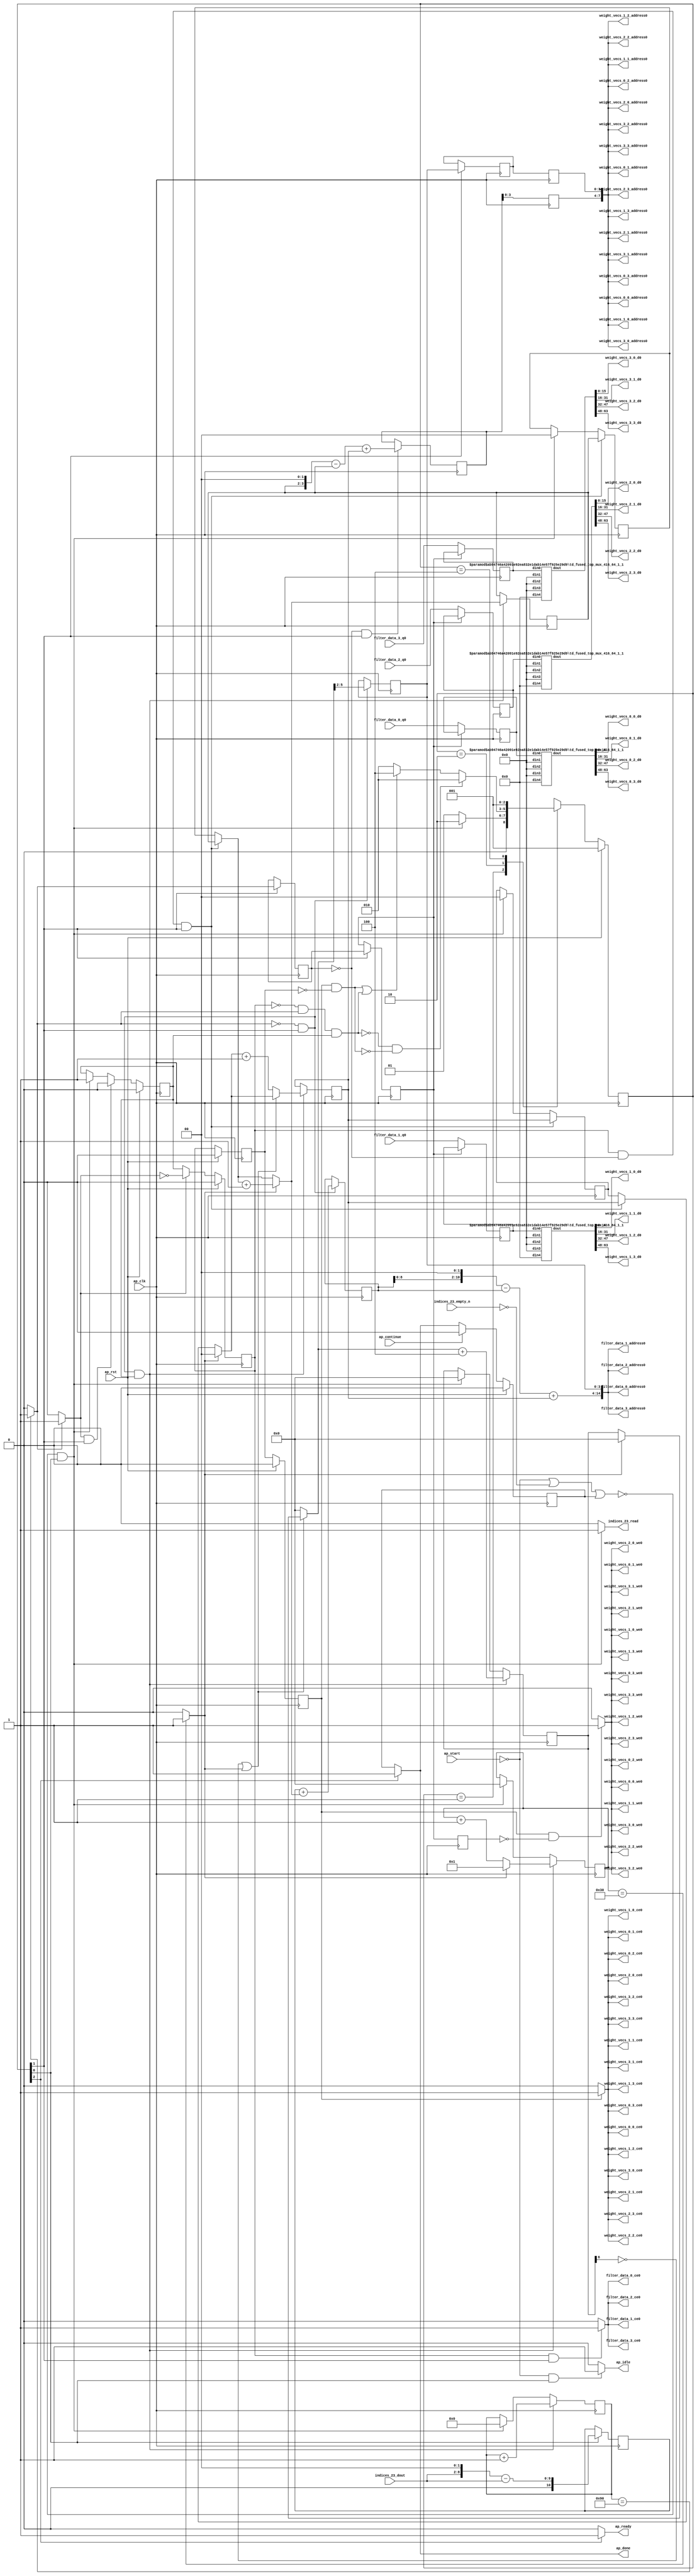
`define EXPONENT 5
`define MANTISSA 10
`define ACTUAL_MANTISSA 11
`define EXPONENT_LSB 10
`define EXPONENT_MSB 14
`define MANTISSA_LSB 0
`define MANTISSA_MSB 9
`define MANTISSA_MUL_SPLIT_LSB 3
`define MANTISSA_MUL_SPLIT_MSB 9
`define SIGN 1
`define SIGN_LOC 15
`define DWIDTH (`SIGN+`EXPONENT+`MANTISSA)
`define IEEE_COMPLIANCE 1

module td_fused_top_tdf11_readFilters77 (
        ap_clk,
        ap_rst,
        ap_start,
        ap_done,
        ap_continue,
        ap_idle,
        ap_ready,
        filter_data_0_address0,
        filter_data_0_ce0,
        filter_data_0_q0,
        filter_data_1_address0,
        filter_data_1_ce0,
        filter_data_1_q0,
        filter_data_2_address0,
        filter_data_2_ce0,
        filter_data_2_q0,
        filter_data_3_address0,
        filter_data_3_ce0,
        filter_data_3_q0,
        indices_23_dout,
        indices_23_empty_n,
        indices_23_read,
        weight_vecs_0_0_address0,
        weight_vecs_0_0_ce0,
        weight_vecs_0_0_we0,
        weight_vecs_0_0_d0,
        weight_vecs_0_1_address0,
        weight_vecs_0_1_ce0,
        weight_vecs_0_1_we0,
        weight_vecs_0_1_d0,
        weight_vecs_0_2_address0,
        weight_vecs_0_2_ce0,
        weight_vecs_0_2_we0,
        weight_vecs_0_2_d0,
        weight_vecs_0_3_address0,
        weight_vecs_0_3_ce0,
        weight_vecs_0_3_we0,
        weight_vecs_0_3_d0,
        weight_vecs_1_0_address0,
        weight_vecs_1_0_ce0,
        weight_vecs_1_0_we0,
        weight_vecs_1_0_d0,
        weight_vecs_1_1_address0,
        weight_vecs_1_1_ce0,
        weight_vecs_1_1_we0,
        weight_vecs_1_1_d0,
        weight_vecs_1_2_address0,
        weight_vecs_1_2_ce0,
        weight_vecs_1_2_we0,
        weight_vecs_1_2_d0,
        weight_vecs_1_3_address0,
        weight_vecs_1_3_ce0,
        weight_vecs_1_3_we0,
        weight_vecs_1_3_d0,
        weight_vecs_2_0_address0,
        weight_vecs_2_0_ce0,
        weight_vecs_2_0_we0,
        weight_vecs_2_0_d0,
        weight_vecs_2_1_address0,
        weight_vecs_2_1_ce0,
        weight_vecs_2_1_we0,
        weight_vecs_2_1_d0,
        weight_vecs_2_2_address0,
        weight_vecs_2_2_ce0,
        weight_vecs_2_2_we0,
        weight_vecs_2_2_d0,
        weight_vecs_2_3_address0,
        weight_vecs_2_3_ce0,
        weight_vecs_2_3_we0,
        weight_vecs_2_3_d0,
        weight_vecs_3_0_address0,
        weight_vecs_3_0_ce0,
        weight_vecs_3_0_we0,
        weight_vecs_3_0_d0,
        weight_vecs_3_1_address0,
        weight_vecs_3_1_ce0,
        weight_vecs_3_1_we0,
        weight_vecs_3_1_d0,
        weight_vecs_3_2_address0,
        weight_vecs_3_2_ce0,
        weight_vecs_3_2_we0,
        weight_vecs_3_2_d0,
        weight_vecs_3_3_address0,
        weight_vecs_3_3_ce0,
        weight_vecs_3_3_we0,
        weight_vecs_3_3_d0
);

parameter    ap_ST_fsm_state1 = 3'd1;
parameter    ap_ST_fsm_pp0_stage0 = 3'd2;
parameter    ap_ST_fsm_state6 = 3'd4;

input   ap_clk;
input   ap_rst;
input   ap_start;
output   ap_done;
input   ap_continue;
output   ap_idle;
output   ap_ready;
output  [14:0] filter_data_0_address0;
output   filter_data_0_ce0;
input  [63:0] filter_data_0_q0;
output  [14:0] filter_data_1_address0;
output   filter_data_1_ce0;
input  [63:0] filter_data_1_q0;
output  [14:0] filter_data_2_address0;
output   filter_data_2_ce0;
input  [63:0] filter_data_2_q0;
output  [14:0] filter_data_3_address0;
output   filter_data_3_ce0;
input  [63:0] filter_data_3_q0;
input  [6:0] indices_23_dout;
input   indices_23_empty_n;
output   indices_23_read;
output  [7:0] weight_vecs_0_0_address0;
output   weight_vecs_0_0_ce0;
output   weight_vecs_0_0_we0;
output  [15:0] weight_vecs_0_0_d0;
output  [7:0] weight_vecs_0_1_address0;
output   weight_vecs_0_1_ce0;
output   weight_vecs_0_1_we0;
output  [15:0] weight_vecs_0_1_d0;
output  [7:0] weight_vecs_0_2_address0;
output   weight_vecs_0_2_ce0;
output   weight_vecs_0_2_we0;
output  [15:0] weight_vecs_0_2_d0;
output  [7:0] weight_vecs_0_3_address0;
output   weight_vecs_0_3_ce0;
output   weight_vecs_0_3_we0;
output  [15:0] weight_vecs_0_3_d0;
output  [7:0] weight_vecs_1_0_address0;
output   weight_vecs_1_0_ce0;
output   weight_vecs_1_0_we0;
output  [15:0] weight_vecs_1_0_d0;
output  [7:0] weight_vecs_1_1_address0;
output   weight_vecs_1_1_ce0;
output   weight_vecs_1_1_we0;
output  [15:0] weight_vecs_1_1_d0;
output  [7:0] weight_vecs_1_2_address0;
output   weight_vecs_1_2_ce0;
output   weight_vecs_1_2_we0;
output  [15:0] weight_vecs_1_2_d0;
output  [7:0] weight_vecs_1_3_address0;
output   weight_vecs_1_3_ce0;
output   weight_vecs_1_3_we0;
output  [15:0] weight_vecs_1_3_d0;
output  [7:0] weight_vecs_2_0_address0;
output   weight_vecs_2_0_ce0;
output   weight_vecs_2_0_we0;
output  [15:0] weight_vecs_2_0_d0;
output  [7:0] weight_vecs_2_1_address0;
output   weight_vecs_2_1_ce0;
output   weight_vecs_2_1_we0;
output  [15:0] weight_vecs_2_1_d0;
output  [7:0] weight_vecs_2_2_address0;
output   weight_vecs_2_2_ce0;
output   weight_vecs_2_2_we0;
output  [15:0] weight_vecs_2_2_d0;
output  [7:0] weight_vecs_2_3_address0;
output   weight_vecs_2_3_ce0;
output   weight_vecs_2_3_we0;
output  [15:0] weight_vecs_2_3_d0;
output  [7:0] weight_vecs_3_0_address0;
output   weight_vecs_3_0_ce0;
output   weight_vecs_3_0_we0;
output  [15:0] weight_vecs_3_0_d0;
output  [7:0] weight_vecs_3_1_address0;
output   weight_vecs_3_1_ce0;
output   weight_vecs_3_1_we0;
output  [15:0] weight_vecs_3_1_d0;
output  [7:0] weight_vecs_3_2_address0;
output   weight_vecs_3_2_ce0;
output   weight_vecs_3_2_we0;
output  [15:0] weight_vecs_3_2_d0;
output  [7:0] weight_vecs_3_3_address0;
output   weight_vecs_3_3_ce0;
output   weight_vecs_3_3_we0;
output  [15:0] weight_vecs_3_3_d0;

reg ap_done;
reg ap_idle;
reg ap_ready;
reg filter_data_0_ce0;
reg filter_data_1_ce0;
reg filter_data_2_ce0;
reg filter_data_3_ce0;
reg indices_23_read;
reg weight_vecs_0_0_ce0;
reg weight_vecs_0_0_we0;
reg weight_vecs_0_1_ce0;
reg weight_vecs_0_1_we0;
reg weight_vecs_0_2_ce0;
reg weight_vecs_0_2_we0;
reg weight_vecs_0_3_ce0;
reg weight_vecs_0_3_we0;
reg weight_vecs_1_0_ce0;
reg weight_vecs_1_0_we0;
reg weight_vecs_1_1_ce0;
reg weight_vecs_1_1_we0;
reg weight_vecs_1_2_ce0;
reg weight_vecs_1_2_we0;
reg weight_vecs_1_3_ce0;
reg weight_vecs_1_3_we0;
reg weight_vecs_2_0_ce0;
reg weight_vecs_2_0_we0;
reg weight_vecs_2_1_ce0;
reg weight_vecs_2_1_we0;
reg weight_vecs_2_2_ce0;
reg weight_vecs_2_2_we0;
reg weight_vecs_2_3_ce0;
reg weight_vecs_2_3_we0;
reg weight_vecs_3_0_ce0;
reg weight_vecs_3_0_we0;
reg weight_vecs_3_1_ce0;
reg weight_vecs_3_1_we0;
reg weight_vecs_3_2_ce0;
reg weight_vecs_3_2_we0;
reg weight_vecs_3_3_ce0;
reg weight_vecs_3_3_we0;

reg    ap_done_reg;
  reg   [2:0] ap_CS_fsm;
wire    ap_CS_fsm_state1;
reg    indices_23_blk_n;
reg   [7:0] indvar_flatten13_reg_412;
reg   [1:0] ii_reg_423;
reg   [6:0] indvar_flatten_reg_434;
reg   [1:0] jj_reg_445;
reg   [6:0] kk_reg_456;
wire   [10:0] sext_ln47_fu_489_p1;
reg   [10:0] sext_ln47_reg_989;
wire   [7:0] add_ln47_7_fu_493_p2;
wire    ap_CS_fsm_pp0_stage0;
reg    ap_enable_reg_pp0_iter0;
wire    ap_block_state2_pp0_stage0_iter0;
wire    ap_block_state3_pp0_stage0_iter1;
wire    ap_block_state4_pp0_stage0_iter2;
wire    ap_block_state5_pp0_stage0_iter3;
wire    ap_block_pp0_stage0_11001;
wire   [0:0] icmp_ln47_fu_499_p2;
reg   [0:0] icmp_ln47_reg_999;
reg   [0:0] icmp_ln47_reg_999_pp0_iter1_reg;
reg   [0:0] icmp_ln47_reg_999_pp0_iter2_reg;
wire   [1:0] select_ln47_13_fu_533_p3;
reg   [1:0] select_ln47_13_reg_1003;
wire   [10:0] add_ln55_fu_545_p2;
reg   [10:0] add_ln55_reg_1010;
wire   [1:0] select_ln48_13_fu_584_p3;
reg   [1:0] select_ln48_13_reg_1016;
reg   [3:0] lshr_ln_reg_1023;
reg   [3:0] lshr_ln_reg_1023_pp0_iter1_reg;
reg   [3:0] lshr_ln_reg_1023_pp0_iter2_reg;
wire   [6:0] add_ln49_fu_602_p2;
wire   [6:0] select_ln48_14_fu_614_p3;
wire   [5:0] add_ln55_16_fu_678_p2;
reg   [5:0] add_ln55_16_reg_1039;
reg   [5:0] add_ln55_16_reg_1039_pp0_iter2_reg;
reg   [63:0] filter_data_0_load_reg_1064;
reg   [63:0] filter_data_1_load_reg_1069;
reg   [63:0] filter_data_2_load_reg_1074;
reg   [63:0] filter_data_3_load_reg_1079;
reg    ap_block_state1;
wire    ap_block_pp0_stage0_subdone;
reg    ap_condition_pp0_exit_iter0_state2;
reg    ap_enable_reg_pp0_iter1;
reg    ap_enable_reg_pp0_iter2;
reg    ap_enable_reg_pp0_iter3;
reg   [1:0] ap_phi_mux_ii_phi_fu_427_p4;
wire    ap_block_pp0_stage0;
reg   [1:0] ap_phi_mux_jj_phi_fu_449_p4;
wire   [63:0] tmp_58_fu_684_p3;
wire   [63:0] sext_ln55_13_fu_701_p1;
wire   [8:0] tmp_56_fu_471_p3;
wire   [9:0] zext_ln55_44_fu_479_p1;
wire   [9:0] zext_ln55_fu_467_p1;
wire   [9:0] sub_ln55_fu_483_p2;
wire   [0:0] icmp_ln48_fu_511_p2;
wire   [1:0] add_ln47_fu_505_p2;
wire   [10:0] zext_ln55_46_fu_541_p1;
wire   [0:0] tmp_89_fu_550_p3;
wire   [0:0] xor_ln49_fu_558_p2;
wire   [1:0] select_ln47_fu_517_p3;
wire   [0:0] or_ln47_fu_564_p2;
wire   [6:0] select_ln47_12_fu_525_p3;
wire   [1:0] add_ln48_fu_570_p2;
wire   [6:0] select_ln48_fu_576_p3;
wire   [6:0] add_ln48_7_fu_608_p2;
wire   [12:0] tmp_88_fu_628_p3;
wire   [59:0] sext_ln55_12_fu_635_p1;
wire   [59:0] sext_ln55_fu_625_p1;
wire   [3:0] tmp_57_fu_645_p3;
wire   [4:0] zext_ln55_47_fu_652_p1;
wire   [4:0] zext_ln55_45_fu_622_p1;
wire   [4:0] sub_ln55_16_fu_656_p2;
wire   [59:0] sub_ln55_15_fu_639_p2;
wire   [59:0] zext_ln55_49_fu_669_p1;
wire   [5:0] sext_ln48_fu_662_p1;
wire   [5:0] zext_ln55_48_fu_666_p1;
wire   [59:0] add_ln55_15_fu_672_p2;
wire   [9:0] tmp_90_fu_695_p3;
wire   [63:0] tmp_fu_721_p6;
wire   [15:0] trunc_ln55_fu_734_p1;
wire   [63:0] tmp_s_fu_743_p6;
wire   [15:0] trunc_ln55_20_fu_756_p1;
wire   [63:0] tmp_7_fu_765_p6;
wire   [15:0] trunc_ln55_21_fu_778_p1;
wire   [63:0] tmp_8_fu_787_p6;
wire   [15:0] trunc_ln55_22_fu_800_p1;
wire   [15:0] tmp_284_i_i_fu_809_p4;
wire   [15:0] tmp_286_i_i_fu_824_p4;
wire   [15:0] tmp_288_i_i_fu_839_p4;
wire   [15:0] tmp_290_i_i_fu_854_p4;
wire   [15:0] tmp_292_i_i_fu_869_p4;
wire   [15:0] tmp_294_i_i_fu_884_p4;
wire   [15:0] tmp_296_i_i_fu_899_p4;
wire   [15:0] tmp_298_i_i_fu_914_p4;
wire   [15:0] tmp_300_i_i_fu_929_p4;
wire   [15:0] tmp_302_i_i_fu_944_p4;
wire   [15:0] tmp_304_i_i_fu_959_p4;
wire   [15:0] tmp_306_i_i_fu_974_p4;
wire    ap_CS_fsm_state6;
reg   [2:0] ap_NS_fsm;
reg    ap_idle_pp0;
wire    ap_enable_pp0;
wire    ap_ce_reg;

// power-on initialization
initial begin
#0 ap_done_reg = 1'b0;
#0 ap_CS_fsm = 3'd1;
#0 ap_enable_reg_pp0_iter0 = 1'b0;
#0 ap_enable_reg_pp0_iter1 = 1'b0;
#0 ap_enable_reg_pp0_iter2 = 1'b0;
#0 ap_enable_reg_pp0_iter3 = 1'b0;
end

td_fused_top_mux_416_64_1_1 #(
    .ID( 1 ),
    .NUM_STAGE( 1 ),
    .din0_WIDTH( 64 ),
    .din1_WIDTH( 64 ),
    .din2_WIDTH( 64 ),
    .din3_WIDTH( 64 ),
    .din4_WIDTH( 16 ),
    .dout_WIDTH( 64 ))
mux_416_64_1_1_U1620(
    .din0(filter_data_0_load_reg_1064),
    .din1(64'd0),
    .din2(64'd0),
    .din3(64'd0),
    .din4(16'd0),
    .dout(tmp_fu_721_p6)
);

td_fused_top_mux_416_64_1_1 #(
    .ID( 1 ),
    .NUM_STAGE( 1 ),
    .din0_WIDTH( 64 ),
    .din1_WIDTH( 64 ),
    .din2_WIDTH( 64 ),
    .din3_WIDTH( 64 ),
    .din4_WIDTH( 16 ),
    .dout_WIDTH( 64 ))
mux_416_64_1_1_U1621(
    .din0(filter_data_1_load_reg_1069),
    .din1(64'd0),
    .din2(64'd0),
    .din3(64'd0),
    .din4(16'd0),
    .dout(tmp_s_fu_743_p6)
);

td_fused_top_mux_416_64_1_1 #(
    .ID( 1 ),
    .NUM_STAGE( 1 ),
    .din0_WIDTH( 64 ),
    .din1_WIDTH( 64 ),
    .din2_WIDTH( 64 ),
    .din3_WIDTH( 64 ),
    .din4_WIDTH( 16 ),
    .dout_WIDTH( 64 ))
mux_416_64_1_1_U1622(
    .din0(filter_data_2_load_reg_1074),
    .din1(64'd0),
    .din2(64'd0),
    .din3(64'd0),
    .din4(16'd0),
    .dout(tmp_7_fu_765_p6)
);

td_fused_top_mux_416_64_1_1 #(
    .ID( 1 ),
    .NUM_STAGE( 1 ),
    .din0_WIDTH( 64 ),
    .din1_WIDTH( 64 ),
    .din2_WIDTH( 64 ),
    .din3_WIDTH( 64 ),
    .din4_WIDTH( 16 ),
    .dout_WIDTH( 64 ))
mux_416_64_1_1_U1623(
    .din0(filter_data_3_load_reg_1079),
    .din1(64'd0),
    .din2(64'd0),
    .din3(64'd0),
    .din4(16'd0),
    .dout(tmp_8_fu_787_p6)
);

always @ (posedge ap_clk) begin
    if (ap_rst == 1'b1) begin
        ap_CS_fsm <= ap_ST_fsm_state1;
    end else begin
        ap_CS_fsm <= ap_NS_fsm;
    end
end

always @ (posedge ap_clk) begin
    if (ap_rst == 1'b1) begin
        ap_done_reg <= 1'b0;
    end else begin
        if ((ap_continue == 1'b1)) begin
            ap_done_reg <= 1'b0;
        end else if ((1'b1 == ap_CS_fsm_state6)) begin
            ap_done_reg <= 1'b1;
        end
    end
end

always @ (posedge ap_clk) begin
    if (ap_rst == 1'b1) begin
        ap_enable_reg_pp0_iter0 <= 1'b0;
    end else begin
        if (((1'b1 == ap_condition_pp0_exit_iter0_state2) & (1'b1 == ap_CS_fsm_pp0_stage0) & (1'b0 == ap_block_pp0_stage0_subdone))) begin
            ap_enable_reg_pp0_iter0 <= 1'b0;
        end else if ((~((ap_start == 1'b0) | (indices_23_empty_n == 1'b0) | (ap_done_reg == 1'b1)) & (1'b1 == ap_CS_fsm_state1))) begin
            ap_enable_reg_pp0_iter0 <= 1'b1;
        end
    end
end

always @ (posedge ap_clk) begin
    if (ap_rst == 1'b1) begin
        ap_enable_reg_pp0_iter1 <= 1'b0;
    end else begin
        if ((1'b0 == ap_block_pp0_stage0_subdone)) begin
            if ((1'b1 == ap_condition_pp0_exit_iter0_state2)) begin
                ap_enable_reg_pp0_iter1 <= (1'b1 ^ ap_condition_pp0_exit_iter0_state2);
            end else if ((1'b1 == 1'b1)) begin
                ap_enable_reg_pp0_iter1 <= ap_enable_reg_pp0_iter0;
            end
        end
    end
end

always @ (posedge ap_clk) begin
    if (ap_rst == 1'b1) begin
        ap_enable_reg_pp0_iter2 <= 1'b0;
    end else begin
        if ((1'b0 == ap_block_pp0_stage0_subdone)) begin
            ap_enable_reg_pp0_iter2 <= ap_enable_reg_pp0_iter1;
        end
    end
end

always @ (posedge ap_clk) begin
    if (ap_rst == 1'b1) begin
        ap_enable_reg_pp0_iter3 <= 1'b0;
    end else begin
        if ((1'b0 == ap_block_pp0_stage0_subdone)) begin
            ap_enable_reg_pp0_iter3 <= ap_enable_reg_pp0_iter2;
        end else if ((~((ap_start == 1'b0) | (indices_23_empty_n == 1'b0) | (ap_done_reg == 1'b1)) & (1'b1 == ap_CS_fsm_state1))) begin
            ap_enable_reg_pp0_iter3 <= 1'b0;
        end
    end
end

always @ (posedge ap_clk) begin
    if (((ap_enable_reg_pp0_iter1 == 1'b1) & (icmp_ln47_reg_999 == 1'd0) & (1'b1 == ap_CS_fsm_pp0_stage0) & (1'b0 == ap_block_pp0_stage0_11001))) begin
        ii_reg_423 <= select_ln47_13_reg_1003;
    end else if ((~((ap_start == 1'b0) | (indices_23_empty_n == 1'b0) | (ap_done_reg == 1'b1)) & (1'b1 == ap_CS_fsm_state1))) begin
        ii_reg_423 <= 2'd0;
    end
end

always @ (posedge ap_clk) begin
    if (((icmp_ln47_fu_499_p2 == 1'd0) & (1'b1 == ap_CS_fsm_pp0_stage0) & (1'b0 == ap_block_pp0_stage0_11001) & (ap_enable_reg_pp0_iter0 == 1'b1))) begin
        indvar_flatten13_reg_412 <= add_ln47_7_fu_493_p2;
    end else if ((~((ap_start == 1'b0) | (indices_23_empty_n == 1'b0) | (ap_done_reg == 1'b1)) & (1'b1 == ap_CS_fsm_state1))) begin
        indvar_flatten13_reg_412 <= 8'd0;
    end
end

always @ (posedge ap_clk) begin
    if (((icmp_ln47_fu_499_p2 == 1'd0) & (1'b1 == ap_CS_fsm_pp0_stage0) & (1'b0 == ap_block_pp0_stage0_11001) & (ap_enable_reg_pp0_iter0 == 1'b1))) begin
        indvar_flatten_reg_434 <= select_ln48_14_fu_614_p3;
    end else if ((~((ap_start == 1'b0) | (indices_23_empty_n == 1'b0) | (ap_done_reg == 1'b1)) & (1'b1 == ap_CS_fsm_state1))) begin
        indvar_flatten_reg_434 <= 7'd0;
    end
end

always @ (posedge ap_clk) begin
    if (((ap_enable_reg_pp0_iter1 == 1'b1) & (icmp_ln47_reg_999 == 1'd0) & (1'b1 == ap_CS_fsm_pp0_stage0) & (1'b0 == ap_block_pp0_stage0_11001))) begin
        jj_reg_445 <= select_ln48_13_reg_1016;
    end else if ((~((ap_start == 1'b0) | (indices_23_empty_n == 1'b0) | (ap_done_reg == 1'b1)) & (1'b1 == ap_CS_fsm_state1))) begin
        jj_reg_445 <= 2'd0;
    end
end

always @ (posedge ap_clk) begin
    if (((icmp_ln47_fu_499_p2 == 1'd0) & (1'b1 == ap_CS_fsm_pp0_stage0) & (1'b0 == ap_block_pp0_stage0_11001) & (ap_enable_reg_pp0_iter0 == 1'b1))) begin
        kk_reg_456 <= add_ln49_fu_602_p2;
    end else if ((~((ap_start == 1'b0) | (indices_23_empty_n == 1'b0) | (ap_done_reg == 1'b1)) & (1'b1 == ap_CS_fsm_state1))) begin
        kk_reg_456 <= 7'd0;
    end
end

always @ (posedge ap_clk) begin
    if (((icmp_ln47_reg_999 == 1'd0) & (1'b1 == ap_CS_fsm_pp0_stage0) & (1'b0 == ap_block_pp0_stage0_11001))) begin
        add_ln55_16_reg_1039 <= add_ln55_16_fu_678_p2;
    end
end

always @ (posedge ap_clk) begin
    if ((1'b0 == ap_block_pp0_stage0_11001)) begin
        add_ln55_16_reg_1039_pp0_iter2_reg <= add_ln55_16_reg_1039;
        icmp_ln47_reg_999_pp0_iter2_reg <= icmp_ln47_reg_999_pp0_iter1_reg;
        lshr_ln_reg_1023_pp0_iter2_reg <= lshr_ln_reg_1023_pp0_iter1_reg;
    end
end

always @ (posedge ap_clk) begin
    if (((icmp_ln47_fu_499_p2 == 1'd0) & (1'b1 == ap_CS_fsm_pp0_stage0) & (1'b0 == ap_block_pp0_stage0_11001))) begin
        add_ln55_reg_1010 <= add_ln55_fu_545_p2;
        lshr_ln_reg_1023 <= {{select_ln48_fu_576_p3[5:2]}};
    end
end

always @ (posedge ap_clk) begin
    if (((icmp_ln47_reg_999_pp0_iter1_reg == 1'd0) & (1'b0 == ap_block_pp0_stage0_11001))) begin
        filter_data_0_load_reg_1064 <= filter_data_0_q0;
        filter_data_1_load_reg_1069 <= filter_data_1_q0;
        filter_data_2_load_reg_1074 <= filter_data_2_q0;
        filter_data_3_load_reg_1079 <= filter_data_3_q0;
    end
end

always @ (posedge ap_clk) begin
    if (((1'b1 == ap_CS_fsm_pp0_stage0) & (1'b0 == ap_block_pp0_stage0_11001))) begin
        icmp_ln47_reg_999 <= icmp_ln47_fu_499_p2;
        icmp_ln47_reg_999_pp0_iter1_reg <= icmp_ln47_reg_999;
        lshr_ln_reg_1023_pp0_iter1_reg <= lshr_ln_reg_1023;
    end
end

always @ (posedge ap_clk) begin
    if (((icmp_ln47_fu_499_p2 == 1'd0) & (1'b1 == ap_CS_fsm_pp0_stage0) & (1'b0 == ap_block_pp0_stage0_11001) & (ap_enable_reg_pp0_iter0 == 1'b1))) begin
        select_ln47_13_reg_1003 <= select_ln47_13_fu_533_p3;
        select_ln48_13_reg_1016 <= select_ln48_13_fu_584_p3;
    end
end

always @ (posedge ap_clk) begin
    if ((1'b1 == ap_CS_fsm_state1)) begin
        sext_ln47_reg_989 <= sext_ln47_fu_489_p1;
    end
end

always @ (*) begin
    if ((icmp_ln47_fu_499_p2 == 1'd1)) begin
        ap_condition_pp0_exit_iter0_state2 = 1'b1;
    end else begin
        ap_condition_pp0_exit_iter0_state2 = 1'b0;
    end
end

always @ (*) begin
    if ((1'b1 == ap_CS_fsm_state6)) begin
        ap_done = 1'b1;
    end else begin
        ap_done = ap_done_reg;
    end
end

always @ (*) begin
    if (((ap_start == 1'b0) & (1'b1 == ap_CS_fsm_state1))) begin
        ap_idle = 1'b1;
    end else begin
        ap_idle = 1'b0;
    end
end

always @ (*) begin
    if (((ap_enable_reg_pp0_iter3 == 1'b0) & (ap_enable_reg_pp0_iter2 == 1'b0) & (ap_enable_reg_pp0_iter1 == 1'b0) & (ap_enable_reg_pp0_iter0 == 1'b0))) begin
        ap_idle_pp0 = 1'b1;
    end else begin
        ap_idle_pp0 = 1'b0;
    end
end

always @ (*) begin
    if (((ap_enable_reg_pp0_iter1 == 1'b1) & (icmp_ln47_reg_999 == 1'd0) & (1'b1 == ap_CS_fsm_pp0_stage0) & (1'b0 == ap_block_pp0_stage0))) begin
        ap_phi_mux_ii_phi_fu_427_p4 = select_ln47_13_reg_1003;
    end else begin
        ap_phi_mux_ii_phi_fu_427_p4 = ii_reg_423;
    end
end

always @ (*) begin
    if (((ap_enable_reg_pp0_iter1 == 1'b1) & (icmp_ln47_reg_999 == 1'd0) & (1'b1 == ap_CS_fsm_pp0_stage0) & (1'b0 == ap_block_pp0_stage0))) begin
        ap_phi_mux_jj_phi_fu_449_p4 = select_ln48_13_reg_1016;
    end else begin
        ap_phi_mux_jj_phi_fu_449_p4 = jj_reg_445;
    end
end

always @ (*) begin
    if ((1'b1 == ap_CS_fsm_state6)) begin
        ap_ready = 1'b1;
    end else begin
        ap_ready = 1'b0;
    end
end

always @ (*) begin
    if (((ap_enable_reg_pp0_iter1 == 1'b1) & (1'b1 == ap_CS_fsm_pp0_stage0) & (1'b0 == ap_block_pp0_stage0_11001))) begin
        filter_data_0_ce0 = 1'b1;
    end else begin
        filter_data_0_ce0 = 1'b0;
    end
end

always @ (*) begin
    if (((ap_enable_reg_pp0_iter1 == 1'b1) & (1'b1 == ap_CS_fsm_pp0_stage0) & (1'b0 == ap_block_pp0_stage0_11001))) begin
        filter_data_1_ce0 = 1'b1;
    end else begin
        filter_data_1_ce0 = 1'b0;
    end
end

always @ (*) begin
    if (((ap_enable_reg_pp0_iter1 == 1'b1) & (1'b1 == ap_CS_fsm_pp0_stage0) & (1'b0 == ap_block_pp0_stage0_11001))) begin
        filter_data_2_ce0 = 1'b1;
    end else begin
        filter_data_2_ce0 = 1'b0;
    end
end

always @ (*) begin
    if (((ap_enable_reg_pp0_iter1 == 1'b1) & (1'b1 == ap_CS_fsm_pp0_stage0) & (1'b0 == ap_block_pp0_stage0_11001))) begin
        filter_data_3_ce0 = 1'b1;
    end else begin
        filter_data_3_ce0 = 1'b0;
    end
end

always @ (*) begin
    if ((~((ap_start == 1'b0) | (ap_done_reg == 1'b1)) & (1'b1 == ap_CS_fsm_state1))) begin
        indices_23_blk_n = indices_23_empty_n;
    end else begin
        indices_23_blk_n = 1'b1;
    end
end

always @ (*) begin
    if ((~((ap_start == 1'b0) | (indices_23_empty_n == 1'b0) | (ap_done_reg == 1'b1)) & (1'b1 == ap_CS_fsm_state1))) begin
        indices_23_read = 1'b1;
    end else begin
        indices_23_read = 1'b0;
    end
end

always @ (*) begin
    if (((ap_enable_reg_pp0_iter3 == 1'b1) & (1'b0 == ap_block_pp0_stage0_11001))) begin
        weight_vecs_0_0_ce0 = 1'b1;
    end else begin
        weight_vecs_0_0_ce0 = 1'b0;
    end
end

always @ (*) begin
    if (((ap_enable_reg_pp0_iter3 == 1'b1) & (icmp_ln47_reg_999_pp0_iter2_reg == 1'd0) & (1'b0 == ap_block_pp0_stage0_11001))) begin
        weight_vecs_0_0_we0 = 1'b1;
    end else begin
        weight_vecs_0_0_we0 = 1'b0;
    end
end

always @ (*) begin
    if (((ap_enable_reg_pp0_iter3 == 1'b1) & (1'b0 == ap_block_pp0_stage0_11001))) begin
        weight_vecs_0_1_ce0 = 1'b1;
    end else begin
        weight_vecs_0_1_ce0 = 1'b0;
    end
end

always @ (*) begin
    if (((ap_enable_reg_pp0_iter3 == 1'b1) & (icmp_ln47_reg_999_pp0_iter2_reg == 1'd0) & (1'b0 == ap_block_pp0_stage0_11001))) begin
        weight_vecs_0_1_we0 = 1'b1;
    end else begin
        weight_vecs_0_1_we0 = 1'b0;
    end
end

always @ (*) begin
    if (((ap_enable_reg_pp0_iter3 == 1'b1) & (1'b0 == ap_block_pp0_stage0_11001))) begin
        weight_vecs_0_2_ce0 = 1'b1;
    end else begin
        weight_vecs_0_2_ce0 = 1'b0;
    end
end

always @ (*) begin
    if (((ap_enable_reg_pp0_iter3 == 1'b1) & (icmp_ln47_reg_999_pp0_iter2_reg == 1'd0) & (1'b0 == ap_block_pp0_stage0_11001))) begin
        weight_vecs_0_2_we0 = 1'b1;
    end else begin
        weight_vecs_0_2_we0 = 1'b0;
    end
end

always @ (*) begin
    if (((ap_enable_reg_pp0_iter3 == 1'b1) & (1'b0 == ap_block_pp0_stage0_11001))) begin
        weight_vecs_0_3_ce0 = 1'b1;
    end else begin
        weight_vecs_0_3_ce0 = 1'b0;
    end
end

always @ (*) begin
    if (((ap_enable_reg_pp0_iter3 == 1'b1) & (icmp_ln47_reg_999_pp0_iter2_reg == 1'd0) & (1'b0 == ap_block_pp0_stage0_11001))) begin
        weight_vecs_0_3_we0 = 1'b1;
    end else begin
        weight_vecs_0_3_we0 = 1'b0;
    end
end

always @ (*) begin
    if (((ap_enable_reg_pp0_iter3 == 1'b1) & (1'b0 == ap_block_pp0_stage0_11001))) begin
        weight_vecs_1_0_ce0 = 1'b1;
    end else begin
        weight_vecs_1_0_ce0 = 1'b0;
    end
end

always @ (*) begin
    if (((ap_enable_reg_pp0_iter3 == 1'b1) & (icmp_ln47_reg_999_pp0_iter2_reg == 1'd0) & (1'b0 == ap_block_pp0_stage0_11001))) begin
        weight_vecs_1_0_we0 = 1'b1;
    end else begin
        weight_vecs_1_0_we0 = 1'b0;
    end
end

always @ (*) begin
    if (((ap_enable_reg_pp0_iter3 == 1'b1) & (1'b0 == ap_block_pp0_stage0_11001))) begin
        weight_vecs_1_1_ce0 = 1'b1;
    end else begin
        weight_vecs_1_1_ce0 = 1'b0;
    end
end

always @ (*) begin
    if (((ap_enable_reg_pp0_iter3 == 1'b1) & (icmp_ln47_reg_999_pp0_iter2_reg == 1'd0) & (1'b0 == ap_block_pp0_stage0_11001))) begin
        weight_vecs_1_1_we0 = 1'b1;
    end else begin
        weight_vecs_1_1_we0 = 1'b0;
    end
end

always @ (*) begin
    if (((ap_enable_reg_pp0_iter3 == 1'b1) & (1'b0 == ap_block_pp0_stage0_11001))) begin
        weight_vecs_1_2_ce0 = 1'b1;
    end else begin
        weight_vecs_1_2_ce0 = 1'b0;
    end
end

always @ (*) begin
    if (((ap_enable_reg_pp0_iter3 == 1'b1) & (icmp_ln47_reg_999_pp0_iter2_reg == 1'd0) & (1'b0 == ap_block_pp0_stage0_11001))) begin
        weight_vecs_1_2_we0 = 1'b1;
    end else begin
        weight_vecs_1_2_we0 = 1'b0;
    end
end

always @ (*) begin
    if (((ap_enable_reg_pp0_iter3 == 1'b1) & (1'b0 == ap_block_pp0_stage0_11001))) begin
        weight_vecs_1_3_ce0 = 1'b1;
    end else begin
        weight_vecs_1_3_ce0 = 1'b0;
    end
end

always @ (*) begin
    if (((ap_enable_reg_pp0_iter3 == 1'b1) & (icmp_ln47_reg_999_pp0_iter2_reg == 1'd0) & (1'b0 == ap_block_pp0_stage0_11001))) begin
        weight_vecs_1_3_we0 = 1'b1;
    end else begin
        weight_vecs_1_3_we0 = 1'b0;
    end
end

always @ (*) begin
    if (((ap_enable_reg_pp0_iter3 == 1'b1) & (1'b0 == ap_block_pp0_stage0_11001))) begin
        weight_vecs_2_0_ce0 = 1'b1;
    end else begin
        weight_vecs_2_0_ce0 = 1'b0;
    end
end

always @ (*) begin
    if (((ap_enable_reg_pp0_iter3 == 1'b1) & (icmp_ln47_reg_999_pp0_iter2_reg == 1'd0) & (1'b0 == ap_block_pp0_stage0_11001))) begin
        weight_vecs_2_0_we0 = 1'b1;
    end else begin
        weight_vecs_2_0_we0 = 1'b0;
    end
end

always @ (*) begin
    if (((ap_enable_reg_pp0_iter3 == 1'b1) & (1'b0 == ap_block_pp0_stage0_11001))) begin
        weight_vecs_2_1_ce0 = 1'b1;
    end else begin
        weight_vecs_2_1_ce0 = 1'b0;
    end
end

always @ (*) begin
    if (((ap_enable_reg_pp0_iter3 == 1'b1) & (icmp_ln47_reg_999_pp0_iter2_reg == 1'd0) & (1'b0 == ap_block_pp0_stage0_11001))) begin
        weight_vecs_2_1_we0 = 1'b1;
    end else begin
        weight_vecs_2_1_we0 = 1'b0;
    end
end

always @ (*) begin
    if (((ap_enable_reg_pp0_iter3 == 1'b1) & (1'b0 == ap_block_pp0_stage0_11001))) begin
        weight_vecs_2_2_ce0 = 1'b1;
    end else begin
        weight_vecs_2_2_ce0 = 1'b0;
    end
end

always @ (*) begin
    if (((ap_enable_reg_pp0_iter3 == 1'b1) & (icmp_ln47_reg_999_pp0_iter2_reg == 1'd0) & (1'b0 == ap_block_pp0_stage0_11001))) begin
        weight_vecs_2_2_we0 = 1'b1;
    end else begin
        weight_vecs_2_2_we0 = 1'b0;
    end
end

always @ (*) begin
    if (((ap_enable_reg_pp0_iter3 == 1'b1) & (1'b0 == ap_block_pp0_stage0_11001))) begin
        weight_vecs_2_3_ce0 = 1'b1;
    end else begin
        weight_vecs_2_3_ce0 = 1'b0;
    end
end

always @ (*) begin
    if (((ap_enable_reg_pp0_iter3 == 1'b1) & (icmp_ln47_reg_999_pp0_iter2_reg == 1'd0) & (1'b0 == ap_block_pp0_stage0_11001))) begin
        weight_vecs_2_3_we0 = 1'b1;
    end else begin
        weight_vecs_2_3_we0 = 1'b0;
    end
end

always @ (*) begin
    if (((ap_enable_reg_pp0_iter3 == 1'b1) & (1'b0 == ap_block_pp0_stage0_11001))) begin
        weight_vecs_3_0_ce0 = 1'b1;
    end else begin
        weight_vecs_3_0_ce0 = 1'b0;
    end
end

always @ (*) begin
    if (((ap_enable_reg_pp0_iter3 == 1'b1) & (icmp_ln47_reg_999_pp0_iter2_reg == 1'd0) & (1'b0 == ap_block_pp0_stage0_11001))) begin
        weight_vecs_3_0_we0 = 1'b1;
    end else begin
        weight_vecs_3_0_we0 = 1'b0;
    end
end

always @ (*) begin
    if (((ap_enable_reg_pp0_iter3 == 1'b1) & (1'b0 == ap_block_pp0_stage0_11001))) begin
        weight_vecs_3_1_ce0 = 1'b1;
    end else begin
        weight_vecs_3_1_ce0 = 1'b0;
    end
end

always @ (*) begin
    if (((ap_enable_reg_pp0_iter3 == 1'b1) & (icmp_ln47_reg_999_pp0_iter2_reg == 1'd0) & (1'b0 == ap_block_pp0_stage0_11001))) begin
        weight_vecs_3_1_we0 = 1'b1;
    end else begin
        weight_vecs_3_1_we0 = 1'b0;
    end
end

always @ (*) begin
    if (((ap_enable_reg_pp0_iter3 == 1'b1) & (1'b0 == ap_block_pp0_stage0_11001))) begin
        weight_vecs_3_2_ce0 = 1'b1;
    end else begin
        weight_vecs_3_2_ce0 = 1'b0;
    end
end

always @ (*) begin
    if (((ap_enable_reg_pp0_iter3 == 1'b1) & (icmp_ln47_reg_999_pp0_iter2_reg == 1'd0) & (1'b0 == ap_block_pp0_stage0_11001))) begin
        weight_vecs_3_2_we0 = 1'b1;
    end else begin
        weight_vecs_3_2_we0 = 1'b0;
    end
end

always @ (*) begin
    if (((ap_enable_reg_pp0_iter3 == 1'b1) & (1'b0 == ap_block_pp0_stage0_11001))) begin
        weight_vecs_3_3_ce0 = 1'b1;
    end else begin
        weight_vecs_3_3_ce0 = 1'b0;
    end
end

always @ (*) begin
    if (((ap_enable_reg_pp0_iter3 == 1'b1) & (icmp_ln47_reg_999_pp0_iter2_reg == 1'd0) & (1'b0 == ap_block_pp0_stage0_11001))) begin
        weight_vecs_3_3_we0 = 1'b1;
    end else begin
        weight_vecs_3_3_we0 = 1'b0;
    end
end

always @ (*) begin
    case (ap_CS_fsm)
        ap_ST_fsm_state1 : begin
            if ((~((ap_start == 1'b0) | (indices_23_empty_n == 1'b0) | (ap_done_reg == 1'b1)) & (1'b1 == ap_CS_fsm_state1))) begin
                ap_NS_fsm = ap_ST_fsm_pp0_stage0;
            end else begin
                ap_NS_fsm = ap_ST_fsm_state1;
            end
        end
        ap_ST_fsm_pp0_stage0 : begin
            if ((~((ap_enable_reg_pp0_iter1 == 1'b0) & (icmp_ln47_fu_499_p2 == 1'd1) & (1'b0 == ap_block_pp0_stage0_subdone) & (ap_enable_reg_pp0_iter0 == 1'b1)) & ~((ap_enable_reg_pp0_iter3 == 1'b1) & (ap_enable_reg_pp0_iter2 == 1'b0) & (1'b0 == ap_block_pp0_stage0_subdone)))) begin
                ap_NS_fsm = ap_ST_fsm_pp0_stage0;
            end else if ((((ap_enable_reg_pp0_iter3 == 1'b1) & (ap_enable_reg_pp0_iter2 == 1'b0) & (1'b0 == ap_block_pp0_stage0_subdone)) | ((ap_enable_reg_pp0_iter1 == 1'b0) & (icmp_ln47_fu_499_p2 == 1'd1) & (1'b0 == ap_block_pp0_stage0_subdone) & (ap_enable_reg_pp0_iter0 == 1'b1)))) begin
                ap_NS_fsm = ap_ST_fsm_state6;
            end else begin
                ap_NS_fsm = ap_ST_fsm_pp0_stage0;
            end
        end
        ap_ST_fsm_state6 : begin
            ap_NS_fsm = ap_ST_fsm_state1;
        end
        default : begin
            ap_NS_fsm = 'bx;
        end
    endcase
end

assign add_ln47_7_fu_493_p2 = (indvar_flatten13_reg_412 + 8'd1);

assign add_ln47_fu_505_p2 = (ap_phi_mux_ii_phi_fu_427_p4 + 2'd1);

assign add_ln48_7_fu_608_p2 = (indvar_flatten_reg_434 + 7'd1);

assign add_ln48_fu_570_p2 = (select_ln47_fu_517_p3 + 2'd1);

assign add_ln49_fu_602_p2 = (select_ln48_fu_576_p3 + 7'd4);

assign add_ln55_15_fu_672_p2 = (sub_ln55_15_fu_639_p2 + zext_ln55_49_fu_669_p1);

assign add_ln55_16_fu_678_p2 = ((sext_ln48_fu_662_p1) + (zext_ln55_48_fu_666_p1));

assign add_ln55_fu_545_p2 = ((sext_ln47_reg_989) + (zext_ln55_46_fu_541_p1));

assign ap_CS_fsm_pp0_stage0 = ap_CS_fsm[32'd1];

assign ap_CS_fsm_state1 = ap_CS_fsm[32'd0];

assign ap_CS_fsm_state6 = ap_CS_fsm[32'd2];

assign ap_block_pp0_stage0 = ~(1'b1 == 1'b1);

assign ap_block_pp0_stage0_11001 = ~(1'b1 == 1'b1);

assign ap_block_pp0_stage0_subdone = ~(1'b1 == 1'b1);

always @ (*) begin
    ap_block_state1 = ((ap_start == 1'b0) | (indices_23_empty_n == 1'b0) | (ap_done_reg == 1'b1));
end

assign ap_block_state2_pp0_stage0_iter0 = ~(1'b1 == 1'b1);

assign ap_block_state3_pp0_stage0_iter1 = ~(1'b1 == 1'b1);

assign ap_block_state4_pp0_stage0_iter2 = ~(1'b1 == 1'b1);

assign ap_block_state5_pp0_stage0_iter3 = ~(1'b1 == 1'b1);

assign ap_enable_pp0 = (ap_idle_pp0 ^ 1'b1);

assign filter_data_0_address0 = tmp_58_fu_684_p3;

assign filter_data_1_address0 = tmp_58_fu_684_p3;

assign filter_data_2_address0 = tmp_58_fu_684_p3;

assign filter_data_3_address0 = tmp_58_fu_684_p3;

assign icmp_ln47_fu_499_p2 = ((indvar_flatten13_reg_412 == 8'd144) ? 1'b1 : 1'b0);

assign icmp_ln48_fu_511_p2 = ((indvar_flatten_reg_434 == 7'd48) ? 1'b1 : 1'b0);

assign or_ln47_fu_564_p2 = (xor_ln49_fu_558_p2 | icmp_ln48_fu_511_p2);

assign select_ln47_12_fu_525_p3 = ((icmp_ln48_fu_511_p2[0:0] == 1'b1) ? 7'd0 : kk_reg_456);

assign select_ln47_13_fu_533_p3 = ((icmp_ln48_fu_511_p2[0:0] == 1'b1) ? add_ln47_fu_505_p2 : ap_phi_mux_ii_phi_fu_427_p4);

assign select_ln47_fu_517_p3 = ((icmp_ln48_fu_511_p2[0:0] == 1'b1) ? 2'd0 : ap_phi_mux_jj_phi_fu_449_p4);

assign select_ln48_13_fu_584_p3 = ((or_ln47_fu_564_p2[0:0] == 1'b1) ? select_ln47_fu_517_p3 : add_ln48_fu_570_p2);

assign select_ln48_14_fu_614_p3 = ((icmp_ln48_fu_511_p2[0:0] == 1'b1) ? 7'd1 : add_ln48_7_fu_608_p2);

assign select_ln48_fu_576_p3 = ((or_ln47_fu_564_p2[0:0] == 1'b1) ? select_ln47_12_fu_525_p3 : 7'd0);

assign sext_ln47_fu_489_p1 = (sub_ln55_fu_483_p2);

assign sext_ln48_fu_662_p1 = (sub_ln55_16_fu_656_p2);

assign sext_ln55_12_fu_635_p1 = (tmp_88_fu_628_p3);

assign sext_ln55_13_fu_701_p1 = (tmp_90_fu_695_p3);

assign sext_ln55_fu_625_p1 = add_ln55_reg_1010;

assign sub_ln55_15_fu_639_p2 = ((sext_ln55_12_fu_635_p1) - (sext_ln55_fu_625_p1));

assign sub_ln55_16_fu_656_p2 = (zext_ln55_47_fu_652_p1 - zext_ln55_45_fu_622_p1);

assign sub_ln55_fu_483_p2 = (zext_ln55_44_fu_479_p1 - zext_ln55_fu_467_p1);

assign tmp_284_i_i_fu_809_p4 = {{tmp_fu_721_p6[31:16]}};

assign tmp_286_i_i_fu_824_p4 = {{tmp_s_fu_743_p6[31:16]}};

assign tmp_288_i_i_fu_839_p4 = {{tmp_7_fu_765_p6[31:16]}};

assign tmp_290_i_i_fu_854_p4 = {{tmp_8_fu_787_p6[31:16]}};

assign tmp_292_i_i_fu_869_p4 = {{tmp_fu_721_p6[47:32]}};

assign tmp_294_i_i_fu_884_p4 = {{tmp_s_fu_743_p6[47:32]}};

assign tmp_296_i_i_fu_899_p4 = {{tmp_7_fu_765_p6[47:32]}};

assign tmp_298_i_i_fu_914_p4 = {{tmp_8_fu_787_p6[47:32]}};

assign tmp_300_i_i_fu_929_p4 = {{tmp_fu_721_p6[63:48]}};

assign tmp_302_i_i_fu_944_p4 = {{tmp_s_fu_743_p6[63:48]}};

assign tmp_304_i_i_fu_959_p4 = {{tmp_7_fu_765_p6[63:48]}};

assign tmp_306_i_i_fu_974_p4 = {{tmp_8_fu_787_p6[63:48]}};

assign tmp_56_fu_471_p3 = {{indices_23_dout}, {2'd0}};

assign tmp_57_fu_645_p3 = {{select_ln47_13_reg_1003}, {2'd0}};

assign tmp_58_fu_684_p3 = {{add_ln55_15_fu_672_p2}, {lshr_ln_reg_1023}};

assign tmp_88_fu_628_p3 = {{add_ln55_reg_1010}, {2'd0}};

assign tmp_89_fu_550_p3 = kk_reg_456[32'd6];

assign tmp_90_fu_695_p3 = {{add_ln55_16_reg_1039_pp0_iter2_reg}, {lshr_ln_reg_1023_pp0_iter2_reg}};

assign trunc_ln55_20_fu_756_p1 = tmp_s_fu_743_p6[15:0];

assign trunc_ln55_21_fu_778_p1 = tmp_7_fu_765_p6[15:0];

assign trunc_ln55_22_fu_800_p1 = tmp_8_fu_787_p6[15:0];

assign trunc_ln55_fu_734_p1 = tmp_fu_721_p6[15:0];

assign weight_vecs_0_0_address0 = sext_ln55_13_fu_701_p1;

assign weight_vecs_0_0_d0 = trunc_ln55_fu_734_p1;

assign weight_vecs_0_1_address0 = sext_ln55_13_fu_701_p1;

assign weight_vecs_0_1_d0 = tmp_284_i_i_fu_809_p4;

assign weight_vecs_0_2_address0 = sext_ln55_13_fu_701_p1;

assign weight_vecs_0_2_d0 = tmp_292_i_i_fu_869_p4;

assign weight_vecs_0_3_address0 = sext_ln55_13_fu_701_p1;

assign weight_vecs_0_3_d0 = tmp_300_i_i_fu_929_p4;

assign weight_vecs_1_0_address0 = sext_ln55_13_fu_701_p1;

assign weight_vecs_1_0_d0 = trunc_ln55_20_fu_756_p1;

assign weight_vecs_1_1_address0 = sext_ln55_13_fu_701_p1;

assign weight_vecs_1_1_d0 = tmp_286_i_i_fu_824_p4;

assign weight_vecs_1_2_address0 = sext_ln55_13_fu_701_p1;

assign weight_vecs_1_2_d0 = tmp_294_i_i_fu_884_p4;

assign weight_vecs_1_3_address0 = sext_ln55_13_fu_701_p1;

assign weight_vecs_1_3_d0 = tmp_302_i_i_fu_944_p4;

assign weight_vecs_2_0_address0 = sext_ln55_13_fu_701_p1;

assign weight_vecs_2_0_d0 = trunc_ln55_21_fu_778_p1;

assign weight_vecs_2_1_address0 = sext_ln55_13_fu_701_p1;

assign weight_vecs_2_1_d0 = tmp_288_i_i_fu_839_p4;

assign weight_vecs_2_2_address0 = sext_ln55_13_fu_701_p1;

assign weight_vecs_2_2_d0 = tmp_296_i_i_fu_899_p4;

assign weight_vecs_2_3_address0 = sext_ln55_13_fu_701_p1;

assign weight_vecs_2_3_d0 = tmp_304_i_i_fu_959_p4;

assign weight_vecs_3_0_address0 = sext_ln55_13_fu_701_p1;

assign weight_vecs_3_0_d0 = trunc_ln55_22_fu_800_p1;

assign weight_vecs_3_1_address0 = sext_ln55_13_fu_701_p1;

assign weight_vecs_3_1_d0 = tmp_290_i_i_fu_854_p4;

assign weight_vecs_3_2_address0 = sext_ln55_13_fu_701_p1;

assign weight_vecs_3_2_d0 = tmp_298_i_i_fu_914_p4;

assign weight_vecs_3_3_address0 = sext_ln55_13_fu_701_p1;

assign weight_vecs_3_3_d0 = tmp_306_i_i_fu_974_p4;

assign xor_ln49_fu_558_p2 = (tmp_89_fu_550_p3 ^ 1'd1);

assign zext_ln55_44_fu_479_p1 = tmp_56_fu_471_p3;

assign zext_ln55_45_fu_622_p1 = select_ln47_13_reg_1003;

assign zext_ln55_46_fu_541_p1 = select_ln47_13_fu_533_p3;

assign zext_ln55_47_fu_652_p1 = tmp_57_fu_645_p3;

assign zext_ln55_48_fu_666_p1 = select_ln48_13_reg_1016;

assign zext_ln55_49_fu_669_p1 = select_ln48_13_reg_1016;

assign zext_ln55_fu_467_p1 = indices_23_dout;

endmodule //td_fused_top_tdf11_readFilters77
module td_fused_top_mux_416_64_1_1 #(
parameter
    ID                = 0,
    NUM_STAGE         = 1,
    din0_WIDTH       = 32,
    din1_WIDTH       = 32,
    din2_WIDTH       = 32,
    din3_WIDTH       = 32,
    din4_WIDTH         = 32,
    dout_WIDTH            = 32
)(
    input  [63 : 0]     din0,
    input  [63 : 0]     din1,
    input  [63 : 0]     din2,
    input  [63 : 0]     din3,
    input  [15 : 0]    din4,
    output [63 : 0]   dout);

// puts internal signals
wire [15 : 0]     sel;
// level 1 signals
wire [63 : 0]         mux_1_0;
wire [63 : 0]         mux_1_1;
// level 2 signals
wire [63 : 0]         mux_2_0;
// level 3 signals
wire [63 : 0]         mux_3_0;
// level 4 signals
wire [63 : 0]         mux_4_0;
// level 5 signals
wire [63 : 0]         mux_5_0;
// level 6 signals
wire [63 : 0]         mux_6_0;
// level 7 signals
wire [63 : 0]         mux_7_0;
// level 8 signals
wire [63 : 0]         mux_8_0;
// level 9 signals
wire [63 : 0]         mux_9_0;
// level 10 signals
wire [63 : 0]         mux_10_0;
// level 11 signals
wire [63 : 0]         mux_11_0;
// level 12 signals
wire [63 : 0]         mux_12_0;
// level 13 signals
wire [63 : 0]         mux_13_0;
// level 14 signals
wire [63 : 0]         mux_14_0;
// level 15 signals
wire [63 : 0]         mux_15_0;
// level 16 signals
wire [63 : 0]         mux_16_0;

assign sel = din4;

// Generate level 1 logic
assign mux_1_0 = (sel[0] == 0)? din0 : din1;
assign mux_1_1 = (sel[0] == 0)? din2 : din3;

// Generate level 2 logic
assign mux_2_0 = (sel[1] == 0)? mux_1_0 : mux_1_1;

// Generate level 3 logic
assign mux_3_0 = mux_2_0;

// Generate level 4 logic
assign mux_4_0 = mux_3_0;

// Generate level 5 logic
assign mux_5_0 = mux_4_0;

// Generate level 6 logic
assign mux_6_0 = mux_5_0;

// Generate level 7 logic
assign mux_7_0 = mux_6_0;

// Generate level 8 logic
assign mux_8_0 = mux_7_0;

// Generate level 9 logic
assign mux_9_0 = mux_8_0;

// Generate level 10 logic
assign mux_10_0 = mux_9_0;

// Generate level 11 logic
assign mux_11_0 = mux_10_0;

// Generate level 12 logic
assign mux_12_0 = mux_11_0;

// Generate level 13 logic
assign mux_13_0 = mux_12_0;

// Generate level 14 logic
assign mux_14_0 = mux_13_0;

// Generate level 15 logic
assign mux_15_0 = mux_14_0;

// Generate level 16 logic
assign mux_16_0 = mux_15_0;

// output logic
assign dout = mux_16_0;

endmodule